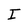
Character: I